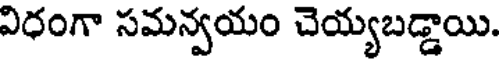
విధంగా సమన్వయం చెయ్యబడ్డాయి.